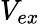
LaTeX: V_{ex}